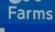
farms